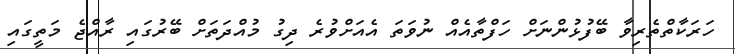
ހަރަކާތްތެރިވާ ބޭފުޅުންނަށް ހަފްތާއެއް ނުވަތަ އެއަށްވުރެ ދިގު މުއްދަތަށް ބޭރުގައި ރާއްޖެ މަތީގައި